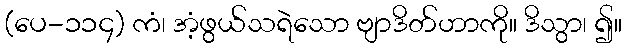
(ပေ-၁၁၄) ကံ၊ အံ့ဖွယ်သရဲသော ဗျာဒိတ်ဟာကို။ ဒိသွာ၊ ၍။